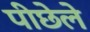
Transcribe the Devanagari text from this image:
पीछेले